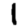
Digit: 1